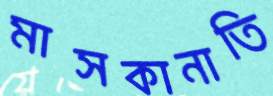
মাসকানাতি